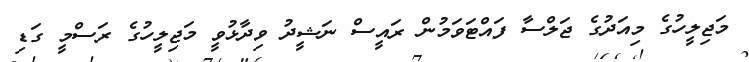
މަޖިލީހުގެ މިއަދުގެ ޖަލްސާ ފައްޓަވަމުން ރައީސް ނަޝީދު ވިދާޅުވީ މަޖިލީހުގެ ރަސްމީ ގަޑި